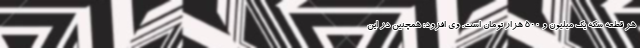
هر قطعه سکه یک میلیون و ۵۰۰ هزار تومان است. وی افزود: همچنین در این